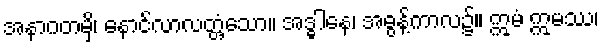
အနာဂတမှိ၊ နောင်လာလတ္တံ့သော။ အဒ္ဓါနေ၊ အဓွန့်ကာလ၌။ ဣမံ ဣမဿ၊